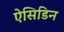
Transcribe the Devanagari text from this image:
ऐसिडिन